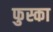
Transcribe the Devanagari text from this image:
फुस्का